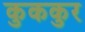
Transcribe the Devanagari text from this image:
कुककुर